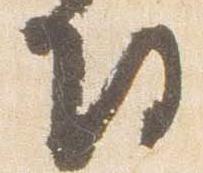
侍